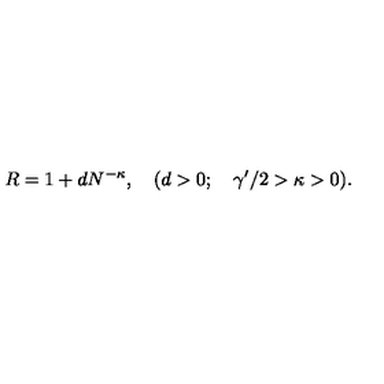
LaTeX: R = 1 + d N ^ { - \kappa } , \quad ( d > 0 ; \quad { \gamma ^ { \prime } } / 2 > \kappa > 0 ) .